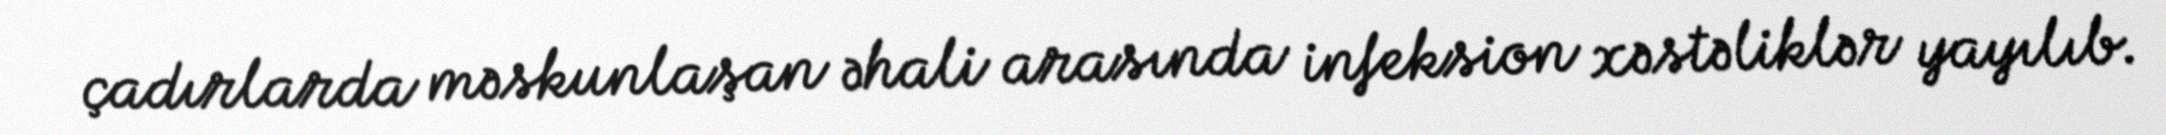
çadırlarda məskunlaşan əhali arasında infeksion xəstəliklər yayılıb.